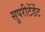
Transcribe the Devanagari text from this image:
सुपरीटेंडेंट